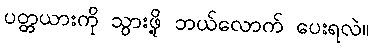
ပတ္တယားကို သွားဖို့ ဘယ်လောက် ပေးရလဲ။